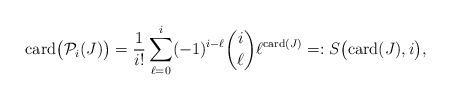
LaTeX: \begin{align*}\mathrm{card}\bigl(\mathcal{P}_i(J)\bigr) = \frac{1}{i!}\sum_{\ell=0}^i (-1)^{i-\ell}\binom{i}{\ell}\ell^{\mathrm{card}(J)} =: S\bigl(\mathrm{card}(J),i\bigr),\end{align*}